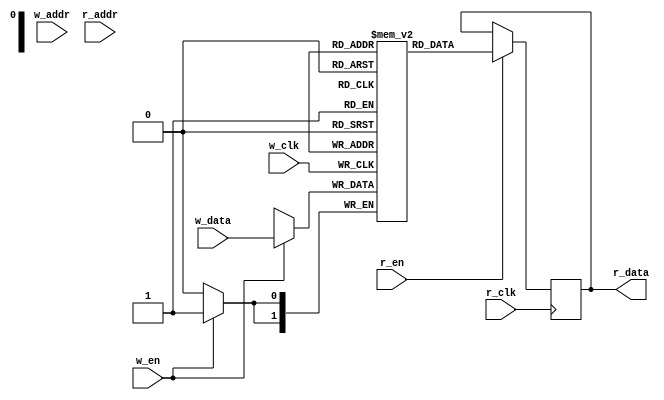
// This program was cloned from: https://github.com/IObundle/iob-lib
// License: MIT License

`timescale 1ns/1ps

module iob_ram_t2p
  #( 
     parameter HEXFILE="none",
     parameter DATA_W = 0,
     parameter ADDR_W = 0
     ) 
   (
    // Write port
    input                   w_clk,
    input                   w_en,
    input [ADDR_W-1:0]      w_addr,
    input [DATA_W-1:0]      w_data,

    // Read port
    input                   r_clk,
    input                   r_en,
    input [ADDR_W-1:0]      r_addr,
    output reg [DATA_W-1:0] r_data
    );

   //this allows ISE 14.7 to work; do not remove
   localparam mem_init_file_int = HEXFILE;

   // Declare the RAM
   reg [DATA_W-1:0]         ram [2**ADDR_W-1:0];

   // Initialize the RAM
   initial
     if(mem_init_file_int != "none")
       $readmemh(mem_init_file_int, ram, 0, 2**ADDR_W - 1);

   //write
   always@(posedge w_clk)
     if(w_en)
       ram[w_addr] <= w_data;

   //read mode depends on mem implementation, as ram or reg
   always@(posedge r_clk)  begin
      if(r_en)
        r_data <= ram[r_addr];
   end

endmodule